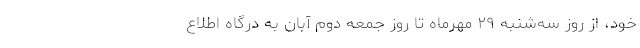
خود، از روز سه‌شنبه ۲۹ مهرماه تا روز جمعه دوم آبان به درگاه اطلاع